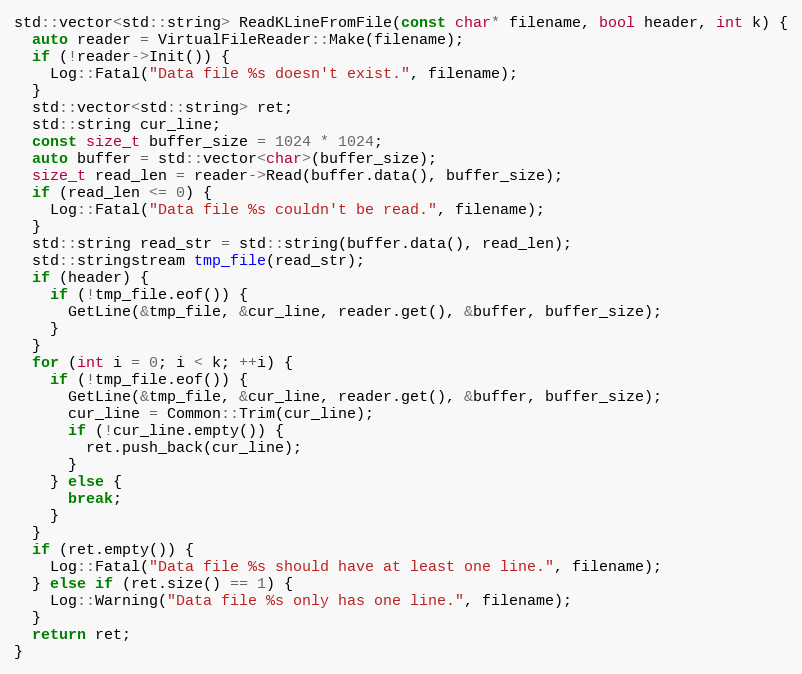
Language: C++
std::vector<std::string> ReadKLineFromFile(const char* filename, bool header, int k) {
  auto reader = VirtualFileReader::Make(filename);
  if (!reader->Init()) {
    Log::Fatal("Data file %s doesn't exist.", filename);
  }
  std::vector<std::string> ret;
  std::string cur_line;
  const size_t buffer_size = 1024 * 1024;
  auto buffer = std::vector<char>(buffer_size);
  size_t read_len = reader->Read(buffer.data(), buffer_size);
  if (read_len <= 0) {
    Log::Fatal("Data file %s couldn't be read.", filename);
  }
  std::string read_str = std::string(buffer.data(), read_len);
  std::stringstream tmp_file(read_str);
  if (header) {
    if (!tmp_file.eof()) {
      GetLine(&tmp_file, &cur_line, reader.get(), &buffer, buffer_size);
    }
  }
  for (int i = 0; i < k; ++i) {
    if (!tmp_file.eof()) {
      GetLine(&tmp_file, &cur_line, reader.get(), &buffer, buffer_size);
      cur_line = Common::Trim(cur_line);
      if (!cur_line.empty()) {
        ret.push_back(cur_line);
      }
    } else {
      break;
    }
  }
  if (ret.empty()) {
    Log::Fatal("Data file %s should have at least one line.", filename);
  } else if (ret.size() == 1) {
    Log::Warning("Data file %s only has one line.", filename);
  }
  return ret;
}